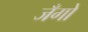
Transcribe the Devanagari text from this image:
जँगो